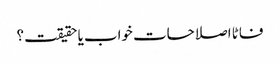
فاٹا اصلاحات خواب یا حقیقت؟